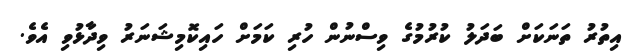
އިތުރު ތަނަކަށް ބަދަލު ކުރުމުގެ ވިސްނުން ހުރި ކަމަށް ހައިކޮމިޝަނަރު ވިދާޅުވި އެވެ.